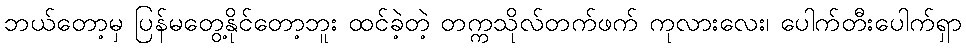
ဘယ်တော့မှ ပြန်မတွေ့နိုင်တော့ဘူး ထင်ခဲ့တဲ့ တက္ကသိုလ်တက်ဖက် ကုလားလေး၊ ပေါက်တီးပေါက်ရှာ